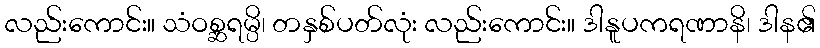
လည်းကောင်း။ သံဝစ္ဆရမ္ပိ၊ တနှစ်ပတ်လုံး လည်းကောင်း။ ဒါနူပကရဏာနိ၊ ဒါန၏